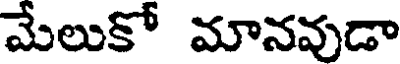
మేలుకో మానవుడా